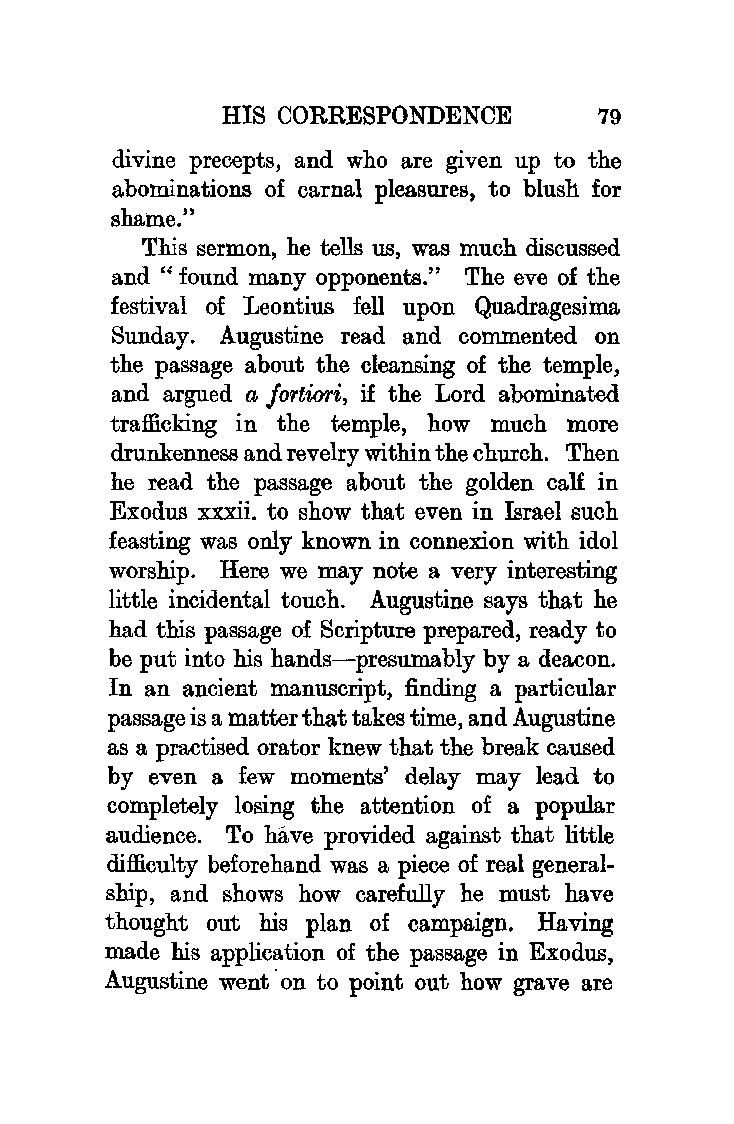
HIS CORRESPONDENCE       79
 divine precepts, and who are given up to the
 abominations of carnal pleasures, to blush for
 shame."
 This sermon, he tells us, was much discussed
 and" found many opponents." The eve of the
 festival of Leontius fell upon Qu.adragesima
 Sunday. Augustine read and commented on
 the passage about the cleansing of the temple,
 and argued a Jortiori, if the Lord abominated
 trafficking in the temple, how much more
 drunkenness and revelry within the church. Then
 he read the passage about the golden calf in
 Exodus xxxii. to show that even in Israel such
 feasting was only known in connexion with idol
 worship. Here we may note a very interesting
 little incidental touch. Augustine says that he
 had this passage of Scripture prepared, ready to
 be put into his hands-presumably by a deacon.
 In an ancient manuscript, finding a particular
 passage is a matter that takes time, and Augustine
 as a practised orator knew that the break caused
 by even a few moments' delay may lead to
 completely losing the attention of a popular
 audience. To have provided against that little
 difficulty beforehand was a piece of real general
 ship, and shows how carefully he must have
 thought out his plan of campaign. Having
 made his application of the passage in Exodus,
 Augustine went· on to point out how grave are